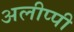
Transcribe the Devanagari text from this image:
अलीप्पी